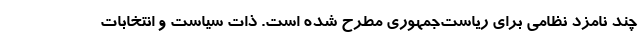
چند نامزد نظامی برای ریاست‌جمهوری مطرح شده است. ذات سیاست و انتخابات